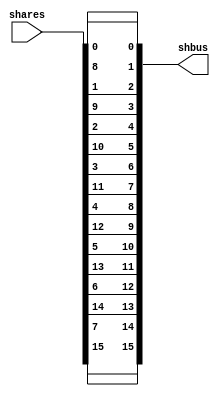
// SPDX-FileCopyrightText: SIMPLE-Crypto Contributors <info@simple-crypto.dev>
// SPDX-License-Identifier: CERN-OHL-P-2.0
// Copyright SIMPLE-Crypto Contributors.
// This source describes Open Hardware and is licensed under the CERN-OHL-P v2.
// You may redistribute and modify this source and make products using it under
// the terms of the CERN-OHL-P v2 (https://ohwr.org/cern_ohl_p_v2.txt).
// This source is distributed WITHOUT ANY EXPRESS OR IMPLIED WARRANTY, INCLUDING
// OF MERCHANTABILITY, SATISFACTORY QUALITY AND FITNESS FOR A PARTICULAR PURPOSE.
// Please see the CERN-OHL-P v2 for applicable conditions.

// This changes the representation of sharings, from a packed representation
// where all the shares of a bit are adjacent, to a "bus" representation where all
// the bits for one share are adjacent.
// The packed representation is more convenient for computing on sharins as it
// is easy to extract subsets of bits, while the "bus" representation is often
// more convenient for interfacing and debugging.
module shares2shbus
#
(
    parameter d = 2,
    parameter count = 8
)
(
    shares,
    shbus
);

// IOs
input [d*count-1:0] shares;
output [d*count-1:0] shbus;

genvar i,j;
generate
for(i=0;i<count;i=i+1) begin: bit_wiring
    for(j=0;j<d;j=j+1) begin: share_wiring
        assign shbus[d*i + j] = shares[count*j + i];
    end
end
endgenerate


endmodule